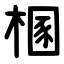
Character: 㮯